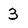
Character: 3